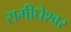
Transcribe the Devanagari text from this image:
समीधेश्वर